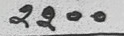
2200